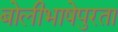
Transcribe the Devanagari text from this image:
बोलीभाषेपुरता